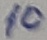
Text: 10